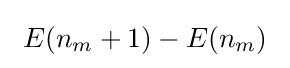
\ E(n_{m}+1)-E(n_{m})\